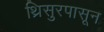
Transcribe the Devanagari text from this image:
थ्रिसुरपासून